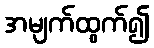
အမျက်ထွက်၍